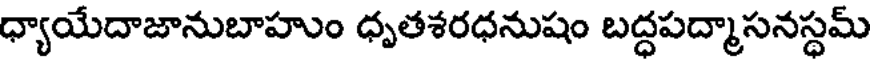
ధ్యాయేదాజానుబాహుం ధృతశరధనుషం బద్ధపద్మాసనస్థమ్